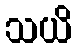
သယိ